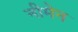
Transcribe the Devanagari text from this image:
नीमेन